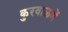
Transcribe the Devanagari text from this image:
कुरवाळणें